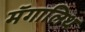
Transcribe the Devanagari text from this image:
मॅगालिथ